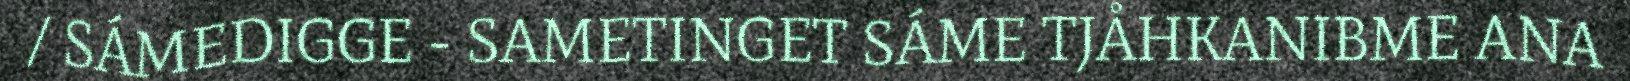
/ SÁMEDIGGE - SAMETINGET SÁME TJÅHKANIBME ANA